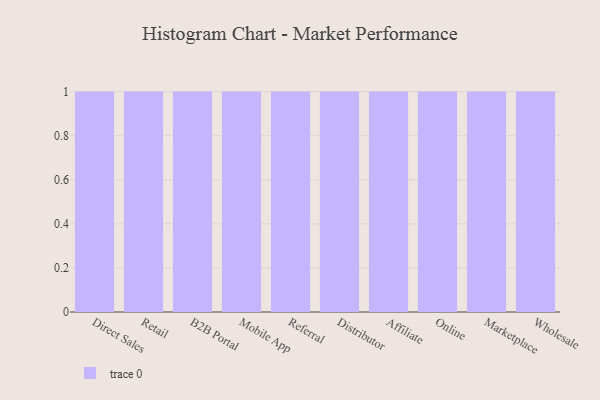
{"axis": {"x": "Channel", "y": "Conversion Rate (%)"}, "legend": [""], "data": [{"x": "Direct Sales", "y": 65, "type": ""}, {"x": "Retail", "y": 28, "type": ""}, {"x": "B2B Portal", "y": 56, "type": ""}, {"x": "Mobile App", "y": 3, "type": ""}, {"x": "Referral", "y": 30, "type": ""}, {"x": "Distributor", "y": 40, "type": ""}, {"x": "Affiliate", "y": 6, "type": ""}, {"x": "Online", "y": 14, "type": ""}, {"x": "Marketplace", "y": 99, "type": ""}, {"x": "Wholesale", "y": 44, "type": ""}]}